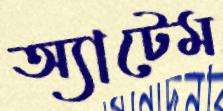
অ্যাটেম